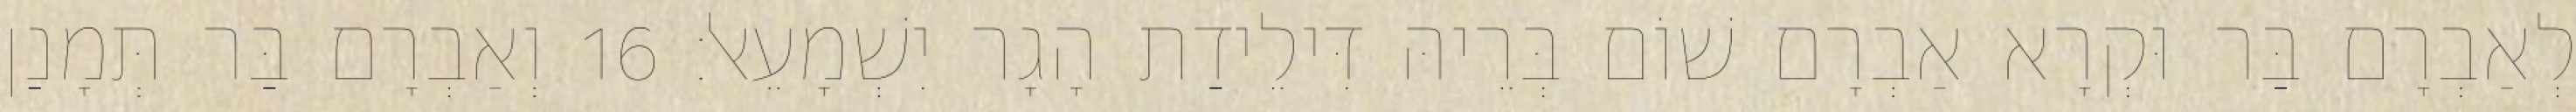
לְאַבְרָם בַּר וּקְרָא אַבְרָם שׁוֹם בְּרֵיהּ דִּילֵידַת הָגָר יִשְׁמָעֵאל׃ 16 וְאַבְרָם בַּר תְּמָנַן